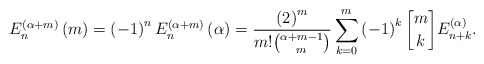
\begin{align*}E_{n}^{\left( \alpha+m\right) }\left( m\right) =\left( -1\right)^{n}E_{n}^{\left( \alpha+m\right) }\left( \alpha\right) =\frac{\left(2\right) ^{m}}{m!\binom{\alpha+m-1}{m}}\sum_{k=0}^{m}\left( -1\right) ^{k}\genfrac{[}{]}{0pt}{}{m}{k}E_{n+k}^{\left( \alpha\right) }. \end{align*}